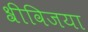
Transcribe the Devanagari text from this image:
श्रीविजया